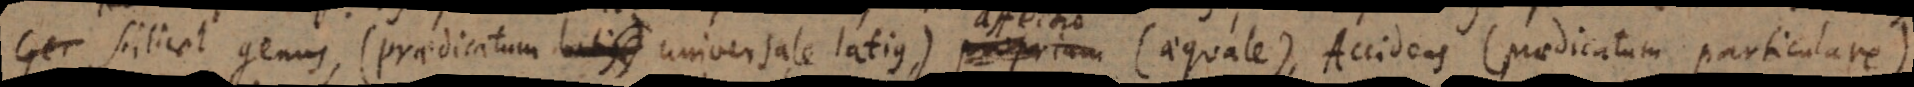
cilicet genus (praedicatum latius) universale latius), affectio (aequale), Accidens (praedicatum particulare).